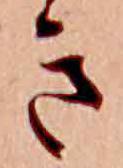
き